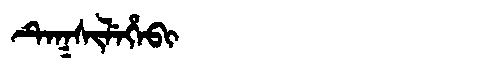
Manchu: ᡨᡝᡴᠰᡳᠯᡝᡥᡝᠪᡳ
Romanization: TEKSILEHEBI